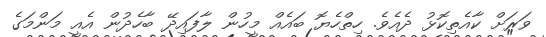
ވަރަށް ކާއެތިކޮޅު ދެއެވެ. ހިތްހެޔޮ ބައެއް މީހުން ލާފައިދޭ ބާހެދުން އެއީ މަންމަގެ